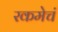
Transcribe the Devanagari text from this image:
रकमेचं